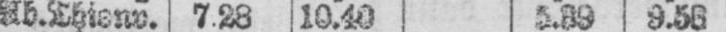
Ab. Thionv. 7.28 10.40 5.39 9.56